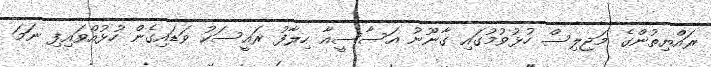
ރައްޔިތުންގެ މަޖިލިސް ހުޅުވުމުގައި ގާނޫނު އަސާސީއާ ހިލާފު ރައީސަކު ވަޑައިގެން ހުޅުއްވައިފި ނަމަ